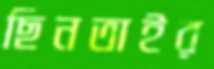
ছিনতাইর